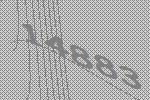
14883